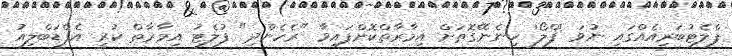
ފްލެޓުބަރިއެއްގައި ނުވަ 'ފްލޯ' ހިނެނޭގޮތަށް އިމާރާތްކޮށްފައިވާ "ރެހެންދި" ފުލެޓު އިމާރާތް ކުރީ އެފްޑަބްލިއު